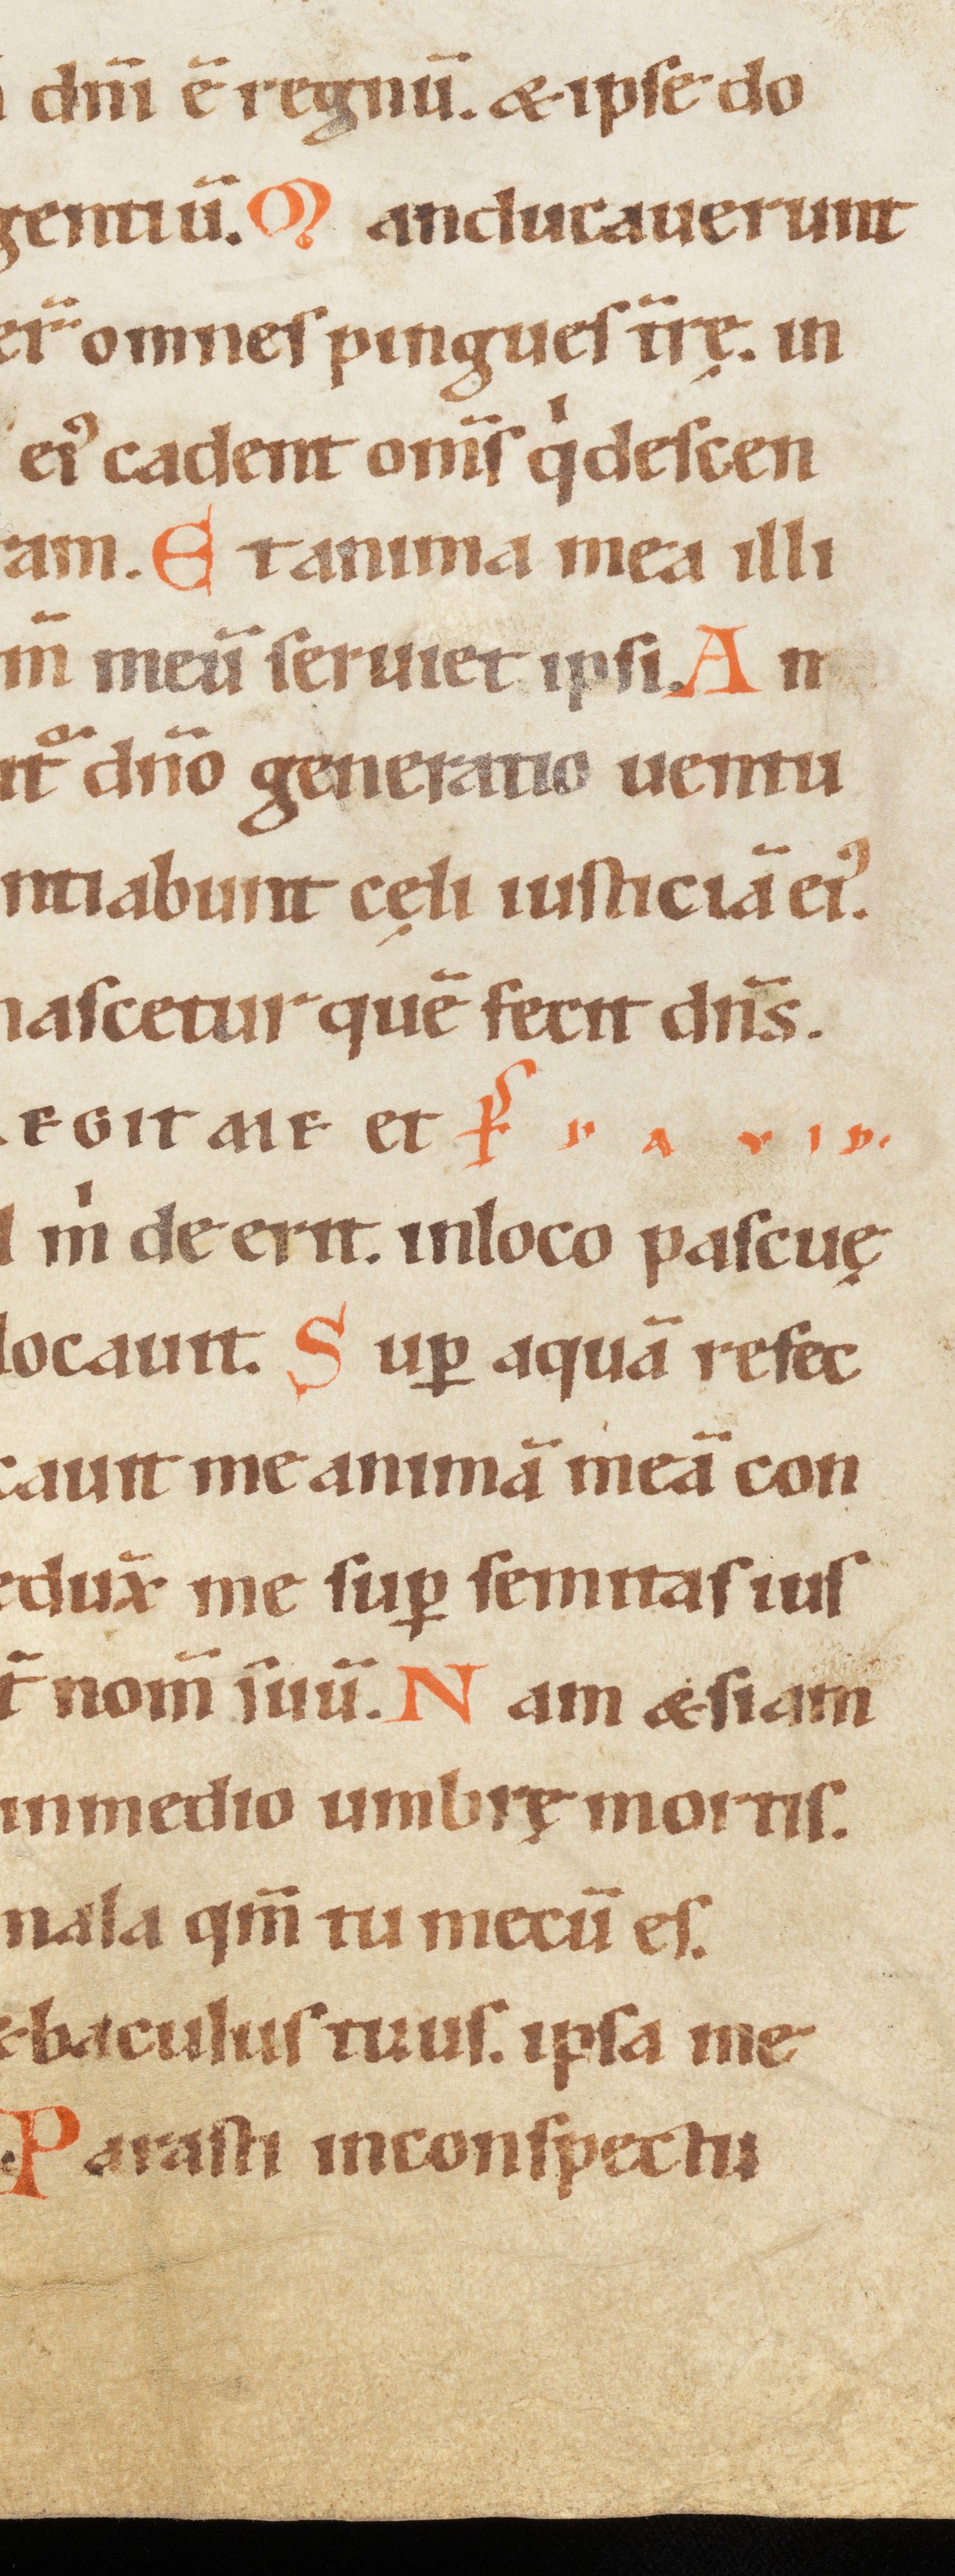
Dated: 1100–1199